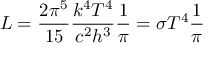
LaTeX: L = { \frac { 2 \pi ^ { 5 } } { 1 5 } } { \frac { k ^ { 4 } T ^ { 4 } } { c ^ { 2 } h ^ { 3 } } } { \frac { 1 } { \pi } } = \sigma T ^ { 4 } { \frac { 1 } { \pi } }